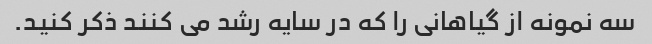
سه نمونه از گیاهانی را که در سایه رشد می کنند ذکر کنید.